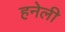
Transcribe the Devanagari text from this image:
हनेली